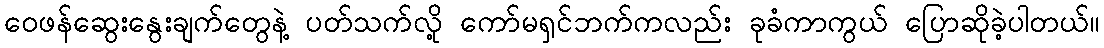
ဝေဖန်ဆွေးနွေးချက်တွေနဲ့ ပတ်သက်လို့ ကော်မရှင်ဘက်ကလည်း ခုခံကာကွယ် ပြောဆိုခဲ့ပါတယ်။